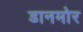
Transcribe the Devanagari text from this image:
डानमोर